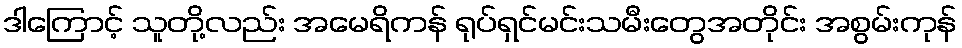
ဒါကြောင့် သူတို့လည်း အမေရိကန် ရုပ်ရှင်မင်းသမီးတွေအတိုင်း အစွမ်းကုန်